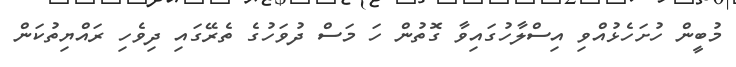
މުބީން ހުށަހެޅުއްވި އިސްލާހުގައިވާ ގޮތުން ހަ މަސް ދުވަހުގެ ތެރޭގައި ދިވެހި ރައްޔިތުކަން